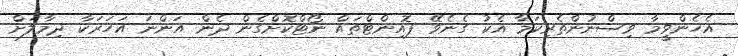
އެހެންވީމާ ވިސްނުންތެރިކަމާ އެކު ގެނެވޭ ޕޮއިންޓްތައް ނޯޓްކޮށްގެން ދެން އަންނަ އަހަރަކާ ދިމާލަށް